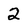
Character: 2